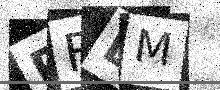
Text: PFEM